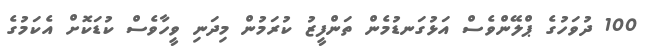
100 ދުވަހުގެ ޕްލޭންވެސް އަޅުގަނޑުމެން ތަންފީޒު ކުރަމުން މިދަނި ވީހާވެސް ކުޑަކޮށް އެކަމުގެ